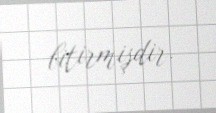
bitirmişdir.